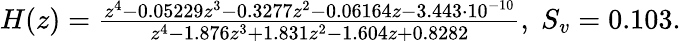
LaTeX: \begin{array}{r}{H(z)=\frac{z^{4}-0.05229z^{3}-0.3277z^{2}-0.06164z-3.443\cdot 10^{-10}}{z^{4}-1.876z^{3}+1.831z^{2}-1.604z+0.8282},\; S_{v}=0.103.}\end{array}